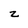
Character: z